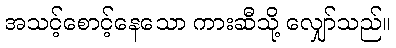
အသင့်စောင့်နေသော ကားဆီသို့ လျှော်သည်။